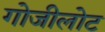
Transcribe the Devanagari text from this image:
गोजीलोट